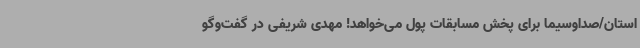
استان/صداوسیما برای پخش مسابقات پول می‌خواهد! مهدی شریفی در گفت‌وگو